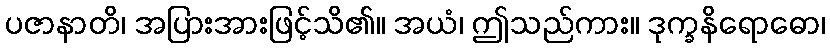
ပဇာနာတိ၊ အပြားအားဖြင့်သိ၏။ အယံ၊ ဤသည်ကား။ ဒုက္ခနိရောဓော၊